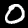
Digit: 0